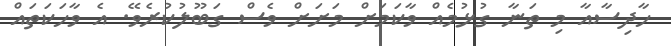
ހާދިސާއާ މި ތަނާ ގުޅުމެއް ވާކަމަށް މަށަށް ވެސް ގަބޫލުކުރެވޭ. އެ ވާހަކަތައް